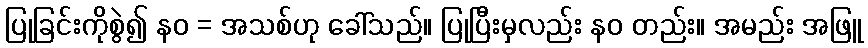
ပြုခြင်းကိုစွဲ၍ နဝ = အသစ်ဟု ခေါ်သည်။ ပြုပြီးမှလည်း နဝ တည်း။ အမည်း အဖြူ